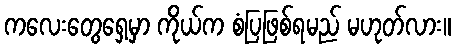
ကလေးတွေရှေ့မှာ ကိုယ်က စံပြဖြစ်ရမည် မဟုတ်လား။